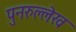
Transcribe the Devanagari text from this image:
पुनरुल्लेख